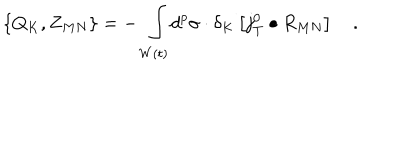
LaTeX: \left\{ Q _ { K } , Z _ { M N } \right\} = - \, \int _ { W \left( t \right) } d ^ { p } \sigma \cdot \delta _ { K } \left[ j _ { T } ^ { 0 } \bullet R _ { M N } \right] \quad .